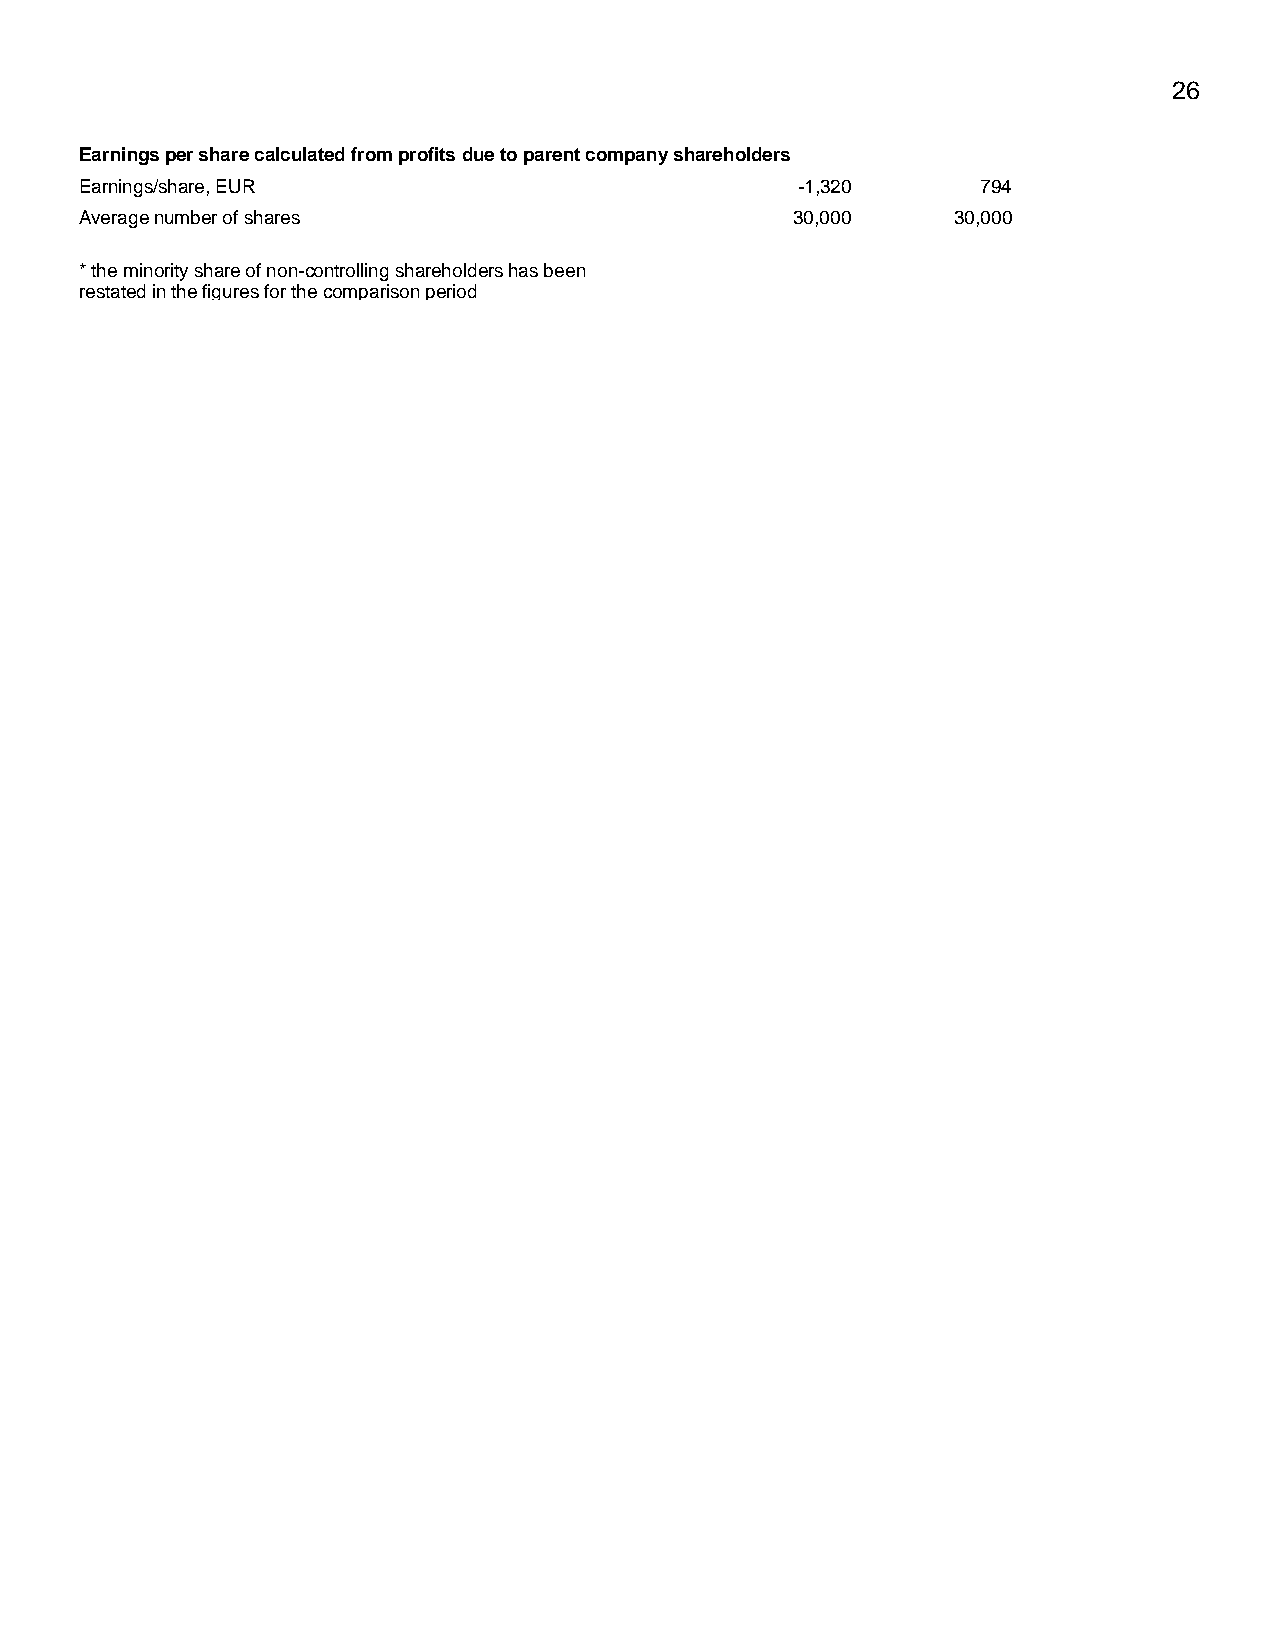
26
 Earnings per share calculated from profits due to parent company shareholders
 Earnings/share, EUR                             -1,320      794
 Average number of shares                        30,000    30,000
 * the minority share of non-controlling shareholders has been
 restated in the figures for the comparison period